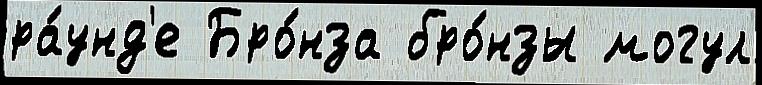
ра́унд'е Бро́нза бро́нзы могул